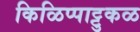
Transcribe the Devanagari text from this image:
किळिप्पाट्टुकळ